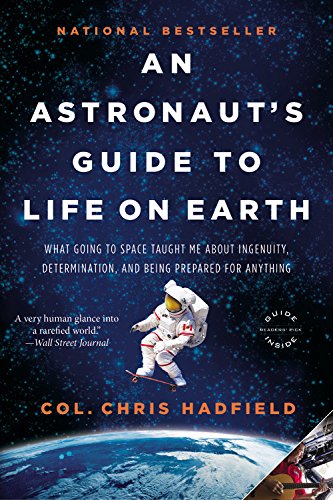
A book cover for An Astronaut's Guide to Life on Earth: What Going to Space Taught Me About Ingenuity, Determination, and Being Prepared for Anything; Chris Hadfield; Engineering & Transportation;